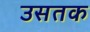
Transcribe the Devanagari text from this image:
उसतक